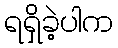
ရရှိခဲ့ပါက